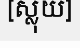
[ស្លុយ]